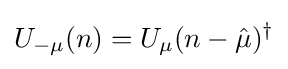
U_{-\mu }(n)=U_{\mu }(n-{\hat {\mu }})^{\dagger }